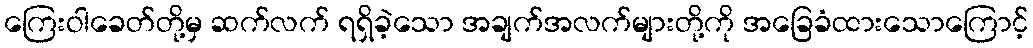
ကြေးဝါခေတ်တို့မှ ဆက်လက် ရရှိခဲ့သော အချက်အလက်များတို့ကို အခြေခံထားသောကြောင့်